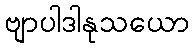
ဗျာပါဒါနုသယော